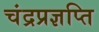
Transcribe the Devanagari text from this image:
चंद्रप्रज्ञप्ति